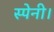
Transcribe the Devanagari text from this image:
स्पेनी।